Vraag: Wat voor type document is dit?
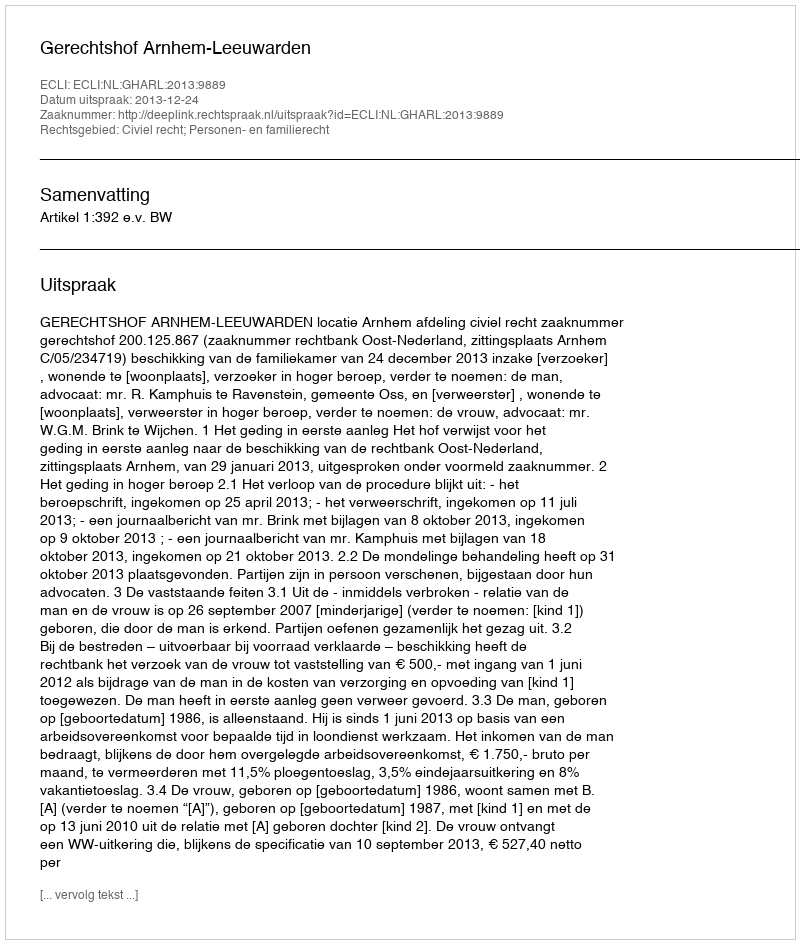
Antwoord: Uitspraak